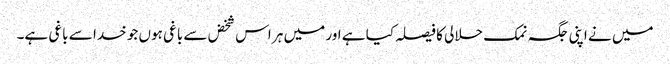
میں نے اپنی جگہ نمک حلالی کا فیصلہ کیا ہے اور میں ہر اس شخض سے باغی ہوں جو خدا سے باغی ہے۔